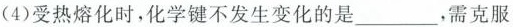
(4)受热熔化时，化学键不发生变化的是___。需克服